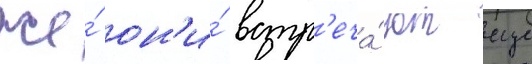
же́ он'и́ встр'еча́ют еще